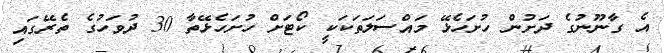
އެ ގާނޫނުގެ ދަށުން ހުށަހެޅޭ މައްސަލަތަކަކީ ކޯޓަށް ހުށަހެޅޭތާ 30 ދުވަހުގެ ތެރޭގައި